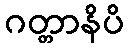
ဂတ္တာနိပိ